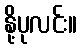
နို့ပုလင်း။